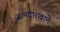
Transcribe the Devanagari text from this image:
जामदारखाने